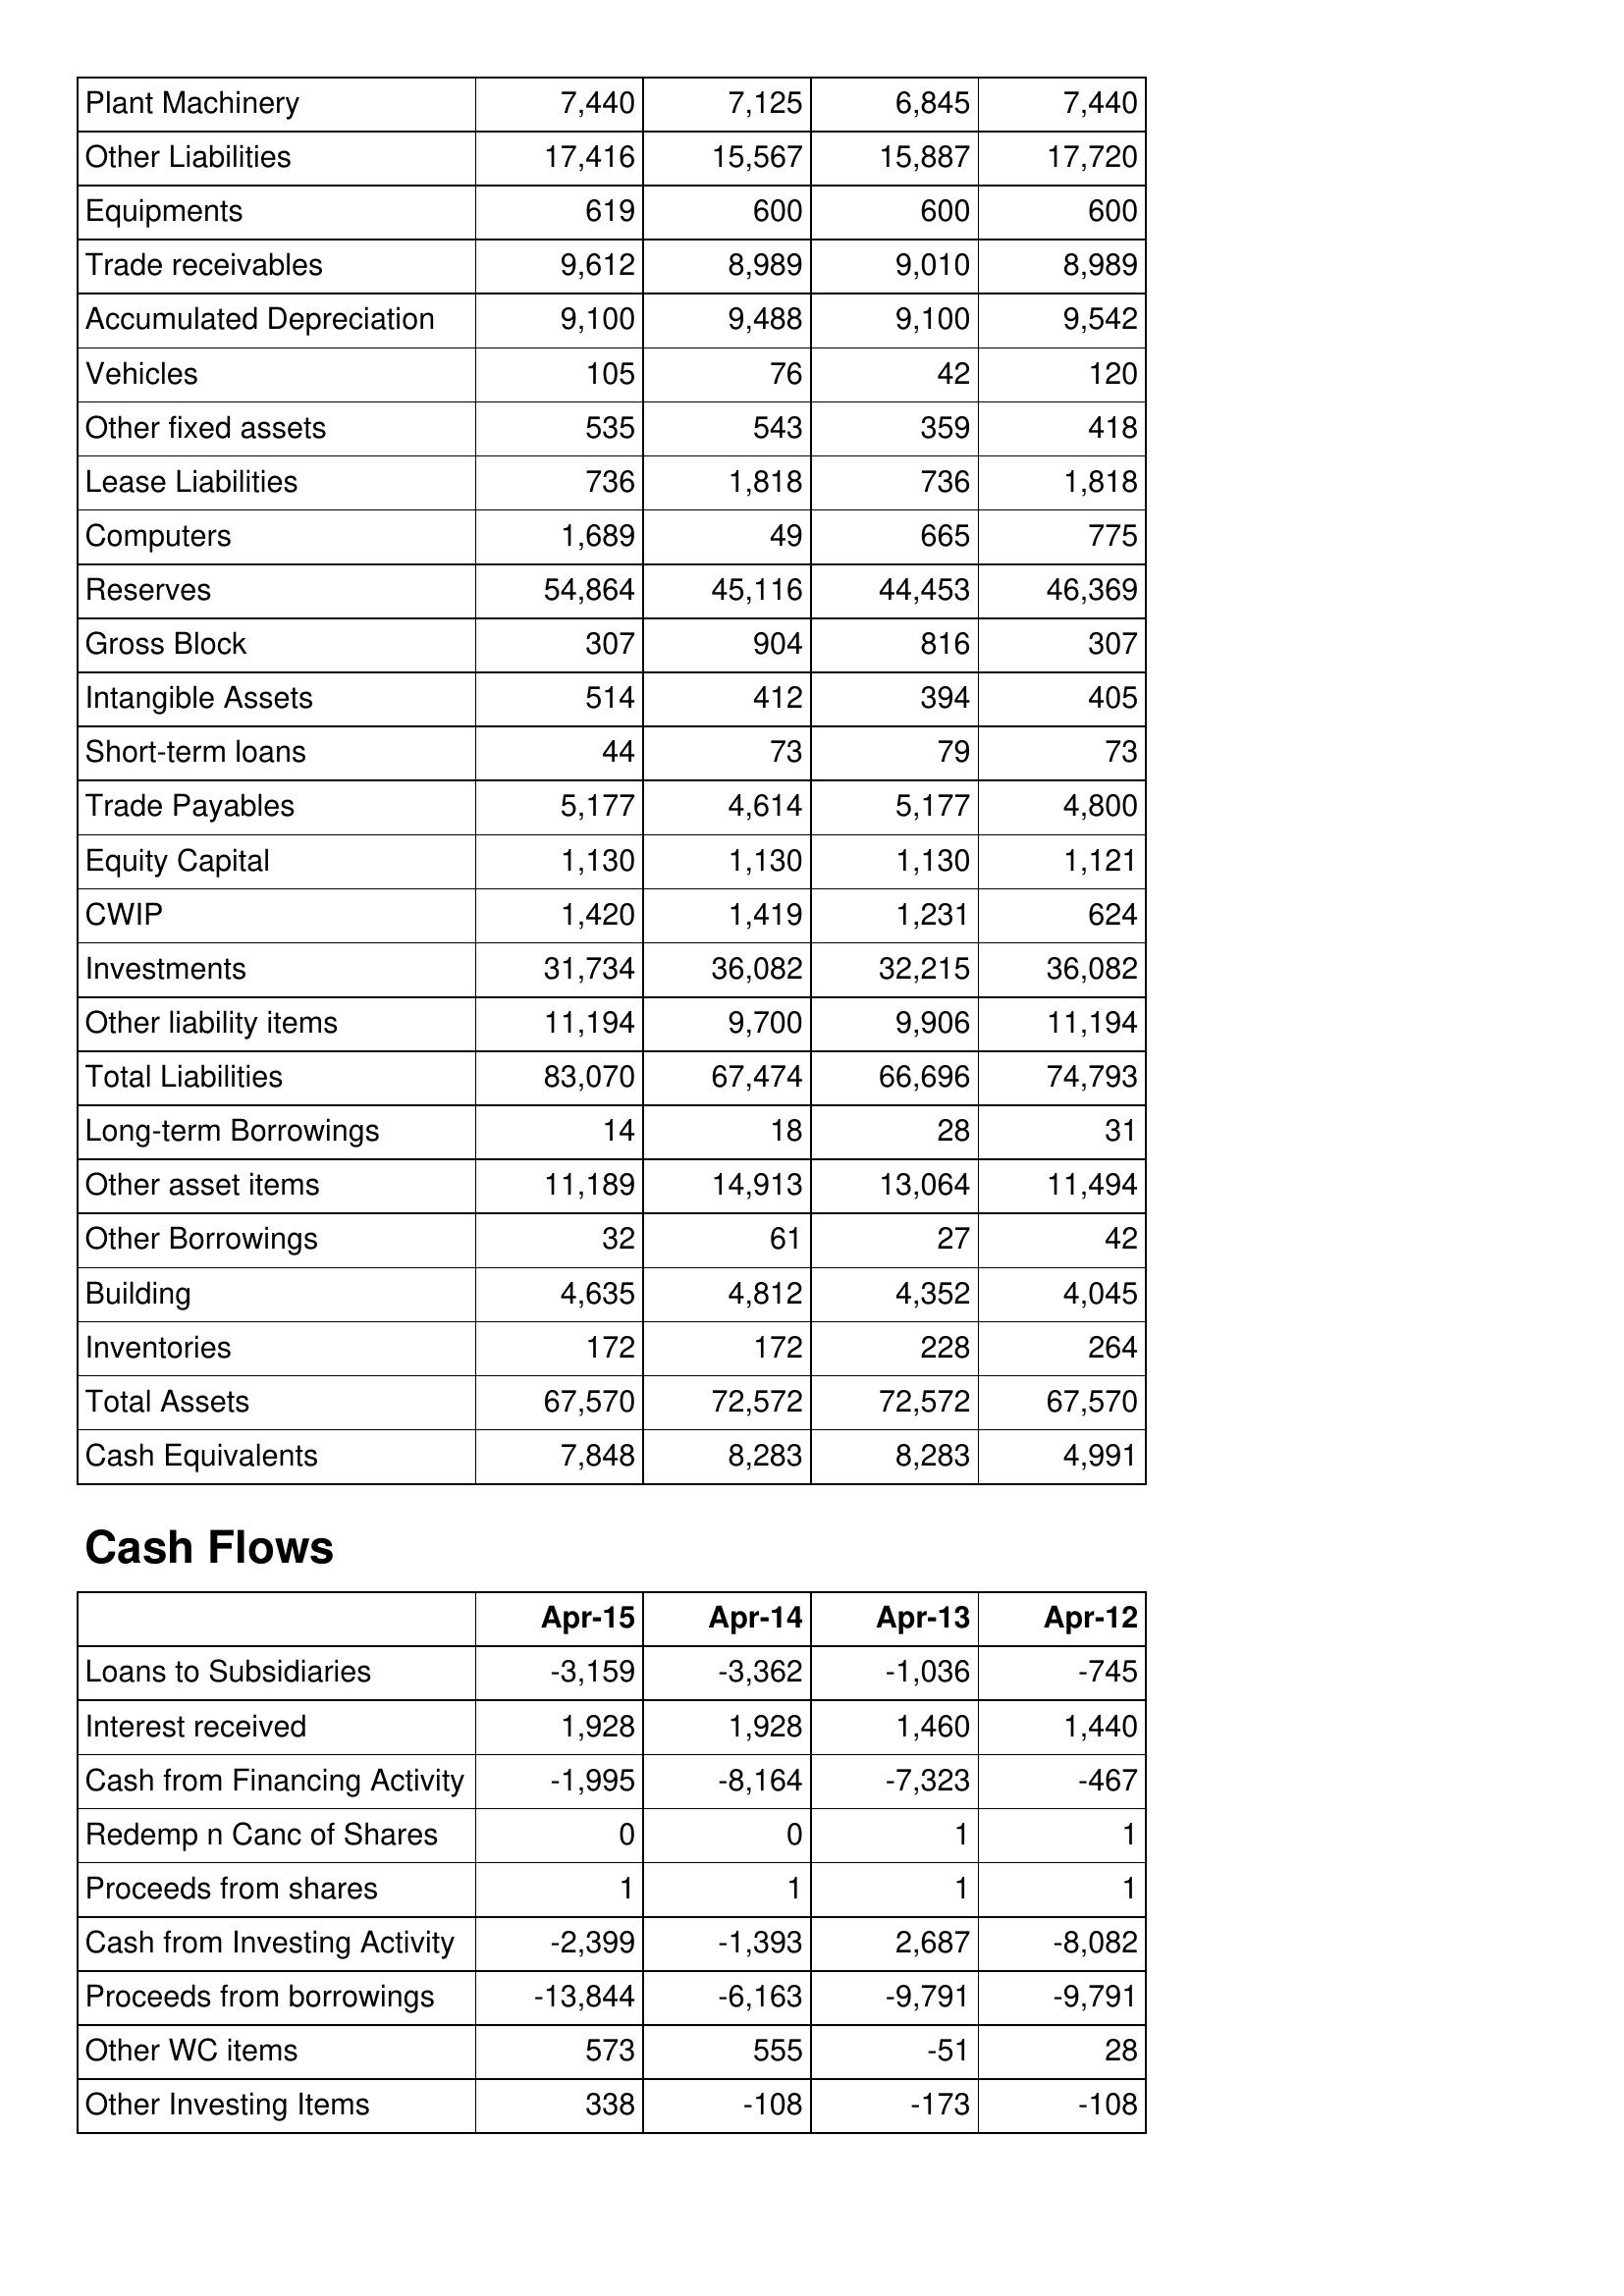
Apr-15: Balance Sheet: Plant Machinery: 7,440
Other Liabilities: 17,416
Equipments: 619
Trade receivables: 9,612
Accumulated Depreciation: 9,100
Vehicles: 105
Other fixed assets: 535
Lease Liabilities: 736
Computers: 1,689
Reserves: 54,864
Gross Block: 307
Intangible Assets: 514
Short-term loans: 44
Trade Payables: 5,177
Equity Capital: 1,130
CWIP: 1,420
Investments: 31,734
Other liability items: 11,194
Total Liabilities: 83,070
Long-term Borrowings: 14
Other asset items: 11,189
Other Borrowings: 32
Building: 4,635
Inventories: 172
Total Assets: 67,570
Cash Equivalents: 7,848
Cash Flows: Loans to Subsidiaries: -3,159
Interest received: 1,928
Cash from Financing Activity: -1,995
Redemp n Canc of Shares: 0
Proceeds from shares: 1
Cash from Investing Activity: -2,399
Proceeds from borrowings: -13,844
Other WC items: 573
Other Investing Items: 338
Apr-14: Balance Sheet: Plant Machinery: 7,125
Other Liabilities: 15,567
Equipments: 600
Trade receivables: 8,989
Accumulated Depreciation: 9,488
Vehicles: 76
Other fixed assets: 543
Lease Liabilities: 1,818
Computers: 49
Reserves: 45,116
Gross Block: 904
Intangible Assets: 412
Short-term loans: 73
Trade Payables: 4,614
Equity Capital: 1,130
CWIP: 1,419
Investments: 36,082
Other liability items: 9,700
Total Liabilities: 67,474
Long-term Borrowings: 18
Other asset items: 14,913
Other Borrowings: 61
Building: 4,812
Inventories: 172
Total Assets: 72,572
Cash Equivalents: 8,283
Cash Flows: Loans to Subsidiaries: -3,362
Interest received: 1,928
Cash from Financing Activity: -8,164
Redemp n Canc of Shares: 0
Proceeds from shares: 1
Cash from Investing Activity: -1,393
Proceeds from borrowings: -6,163
Other WC items: 555
Other Investing Items: -108
Apr-13: Balance Sheet: Plant Machinery: 6,845
Other Liabilities: 15,887
Equipments: 600
Trade receivables: 9,010
Accumulated Depreciation: 9,100
Vehicles: 42
Other fixed assets: 359
Lease Liabilities: 736
Computers: 665
Reserves: 44,453
Gross Block: 816
Intangible Assets: 394
Short-term loans: 79
Trade Payables: 5,177
Equity Capital: 1,130
CWIP: 1,231
Investments: 32,215
Other liability items: 9,906
Total Liabilities: 66,696
Long-term Borrowings: 28
Other asset items: 13,064
Other Borrowings: 27
Building: 4,352
Inventories: 228
Total Assets: 72,572
Cash Equivalents: 8,283
Cash Flows: Loans to Subsidiaries: -1,036
Interest received: 1,460
Cash from Financing Activity: -7,323
Redemp n Canc of Shares: 1
Proceeds from shares: 1
Cash from Investing Activity: 2,687
Proceeds from borrowings: -9,791
Other WC items: -51
Other Investing Items: -173
Apr-12: Balance Sheet: Plant Machinery: 7,440
Other Liabilities: 17,720
Equipments: 600
Trade receivables: 8,989
Accumulated Depreciation: 9,542
Vehicles: 120
Other fixed assets: 418
Lease Liabilities: 1,818
Computers: 775
Reserves: 46,369
Gross Block: 307
Intangible Assets: 405
Short-term loans: 73
Trade Payables: 4,800
Equity Capital: 1,121
CWIP: 624
Investments: 36,082
Other liability items: 11,194
Total Liabilities: 74,793
Long-term Borrowings: 31
Other asset items: 11,494
Other Borrowings: 42
Building: 4,045
Inventories: 264
Total Assets: 67,570
Cash Equivalents: 4,991
Cash Flows: Loans to Subsidiaries: -745
Interest received: 1,440
Cash from Financing Activity: -467
Redemp n Canc of Shares: 1
Proceeds from shares: 1
Cash from Investing Activity: -8,082
Proceeds from borrowings: -9,791
Other WC items: 28
Other Investing Items: -108